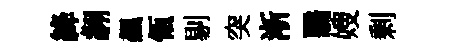
絳翿飆瓴剔突淅翳嫂剰